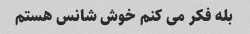
بله فکر می کنم خوش شانس هستم